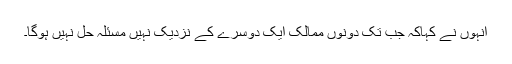
انہوں نے کہاکہ جب تک دونوں ممالک ایک دوسرے کے نزدیک نہیں مسئلہ حل نہیں ہوگا۔